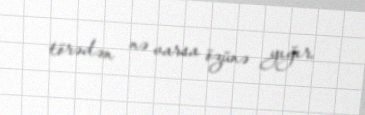
törədən nə varsa özünə yığır.